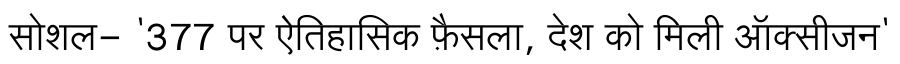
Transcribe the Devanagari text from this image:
सोशल- '377 पर ऐतिहासिक फ़ैसला, देश को मिली ऑक्सीजन'